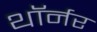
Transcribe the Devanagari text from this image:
थॉर्नर